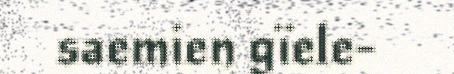
saemien gïele-